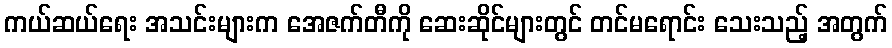
ကယ်ဆယ်ရေး အသင်းများက အေဇက်တီကို ဆေးဆိုင်များတွင် တင်မရောင်း သေးသည့် အတွက်